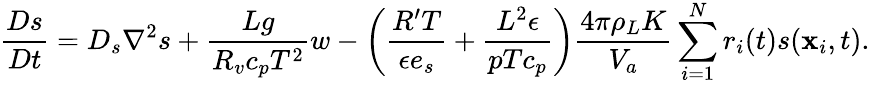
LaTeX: \frac{Ds}{Dt}=D_{s}\nabla^{2}s+\frac{Lg}{R_{v}c_{p}T^{2}}w-\left(\frac{R^{\prime}T}{\epsilon e_{s}}+\frac{L^{2}\epsilon}{pTc_{p}}\right)\frac{4\pi\rho_{L}K}{V_{a}}\sum_{i=1}^{N}r_{i}(t)s(\textbf{x}_{i},t).